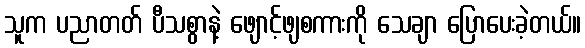
သူက ပညာတတ် ပီသစွာနဲ့ ဖျောင့်ဖျစကားကို သေချာ ပြောပေးခဲ့တယ်။